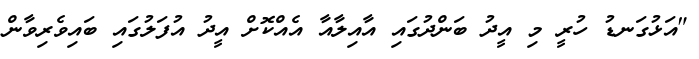
"އަޅުގަނޑު ހުރީ މި އީދު ބަންދުގައި އާއިލާއާ އެއްކޮށް އީދު އުފަލުގައި ބައިވެރިވާން